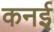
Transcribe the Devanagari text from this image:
कनई